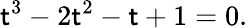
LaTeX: \mathsf{t}^{3}-2\mathsf{t}^{2}-\mathsf{t}+1=0.